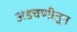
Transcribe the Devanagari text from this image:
अडचणीतून